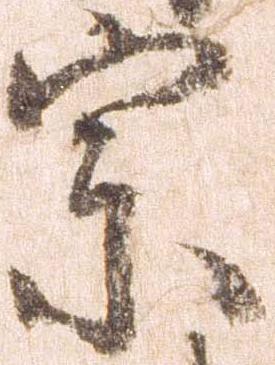
宗